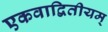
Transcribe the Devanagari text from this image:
एकवाद्वितीयम्